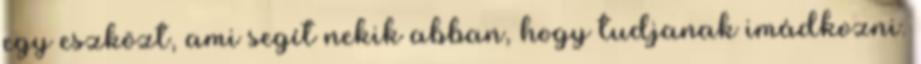
egy eszközt, ami segít nekik abban, hogy tudjanak imádkozni.